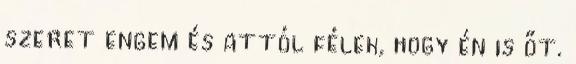
szeret engem és attól félek, hogy én is őt.